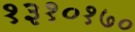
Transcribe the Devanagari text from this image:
१३१०१७०